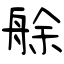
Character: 艅